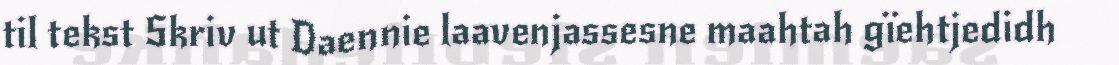
til tekst Skriv ut Daennie laavenjassesne maahtah gïehtjedidh